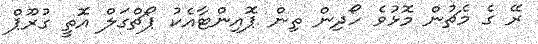
ރޭ ގެ މެޗުން މޮޅުވެ ހޯދިން ތިން ޕޮއިންޓާއެކު ޕޯޗްގަލް އޮތީ ގުރޫޕް